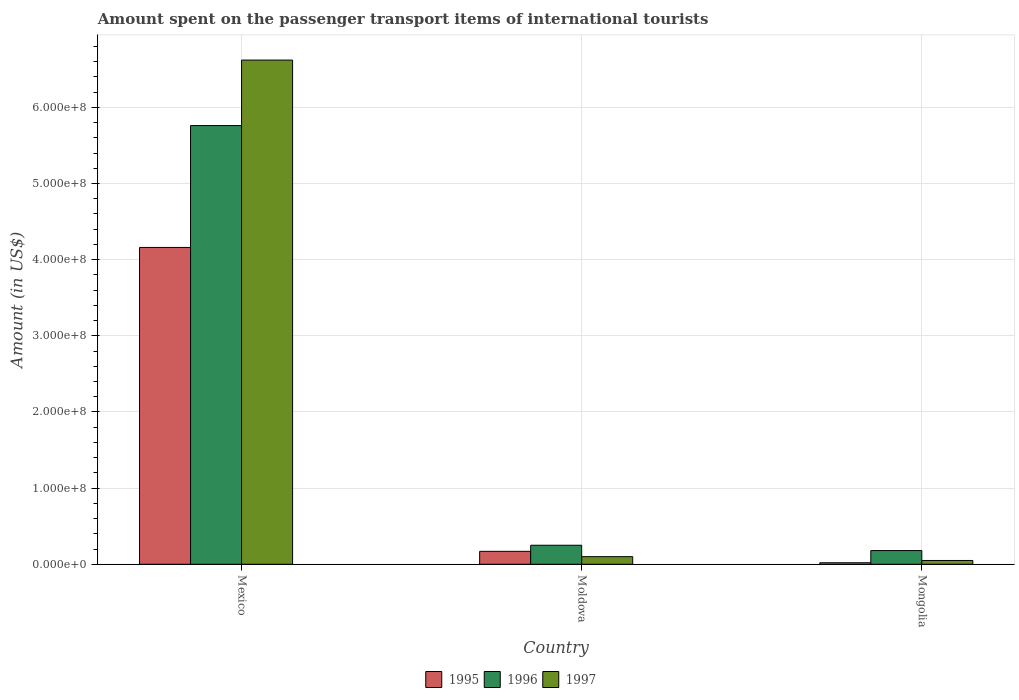
| Country | 1995 | 1996 | 1997 |
 | --- | --- | --- | --- |
 | Mexico | 4.16e+08 | 5.76e+08 | 6.62e+08 |
 | Moldova | 1.7e+07 | 2.5e+07 | 1e+07 |
 | Mongolia | 2e+06 | 1.8e+07 | 5e+06 |